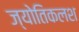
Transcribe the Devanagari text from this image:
ज्योतिकलश